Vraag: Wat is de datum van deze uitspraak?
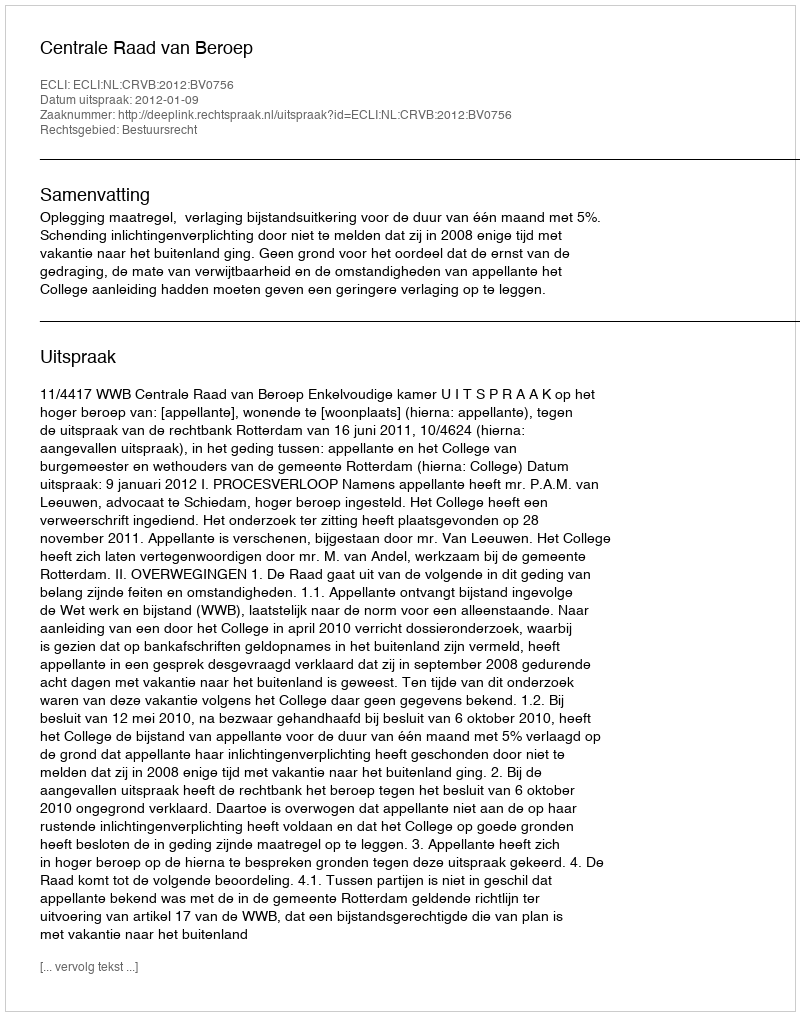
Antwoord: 2012-01-09